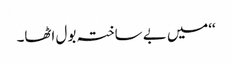
‘‘میں بے ساختہ بول اٹھا۔